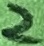
Text: 2